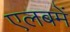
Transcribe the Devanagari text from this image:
एलबमें